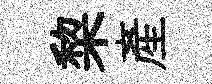
棃産